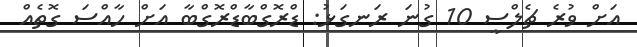
އަށް ވުރެ ޗެލްސީ 10 ގުނަ ރަނގަޅު: ޑްރޮގްބާޑްރޮގްބާ އަށް ހާއްސަ ގޮތެއް